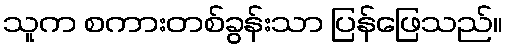
သူက စကားတစ်ခွန်းသာ ပြန်ဖြေသည်။